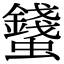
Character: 𧔢